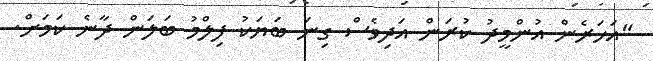
"އަހަރެން އުންމީދު ކުރަން އަދިވެސް ގިނަ ބަޔަކު ފިލްމު ބަލަން ދާނެ ކަމަށް.